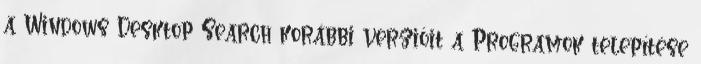
a Windows Desktop Search korábbi verzióit a Programok telepítése